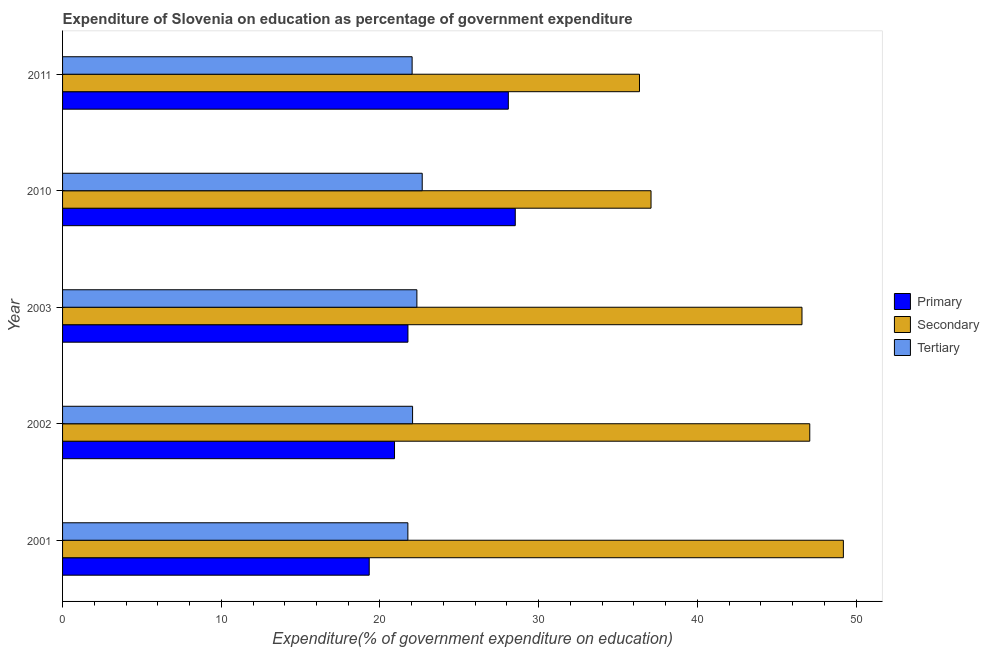
| Year | Primary | Secondary | Tertiary |
 | --- | --- | --- | --- |
 | 2001 | 19.3 | 49.2 | 21.8 |
 | 2002 | 20.9 | 47.1 | 22.1 |
 | 2003 | 21.8 | 46.6 | 22.3 |
 | 2010 | 28.5 | 37.1 | 22.7 |
 | 2011 | 28.1 | 36.4 | 22 |